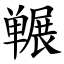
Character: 冁